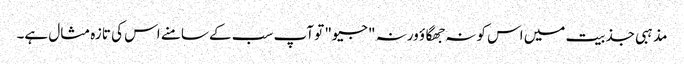
مذہبی جذبیت میں اس کو نہ جھگاؤ ورنہ "جیو" تو آپ سب کے سامنے اس کی تازہ مثال ہے۔